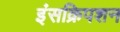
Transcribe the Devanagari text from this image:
इंसक्रिपशन